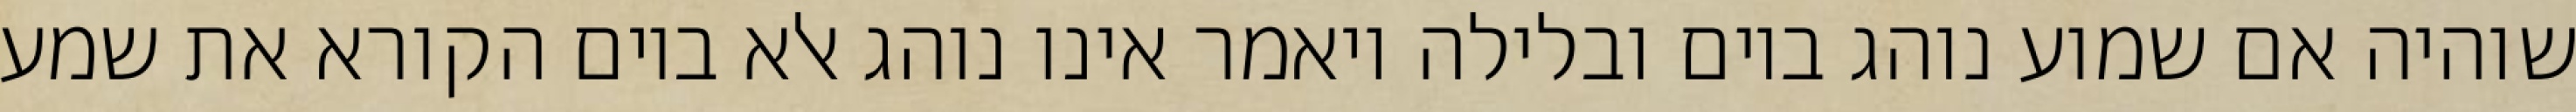
שוהיה אם שמוע נוהג ביום ובלילה ויאמר אינו נוהג אלא ביום הקורא את שמע